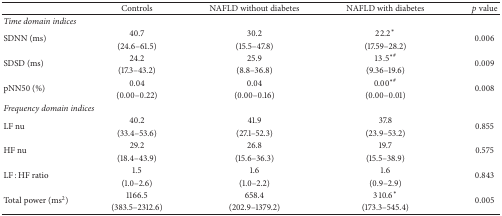
|  | Controls | NAFLD without diabetes | NAFLD with diabetes | p value |
 | --- | --- | --- | --- | --- |
 | <COLSPAN=5> Time domain indices |
 | <ROWSPAN=2> SDNN (ms) | 40.7 | 30.2 | 22.2∗ | <ROWSPAN=2> 0.006 |
 | (24.6–61.5) | (15.5–47.8) | (17.59–28.2) |
 | <ROWSPAN=2> SDSD (ms) | 24.2 | 25.9 | 13.5∗# | <ROWSPAN=2> 0.009 |
 | (17.3–43.2) | (8.8–36.8) | (9.36–19.6) |
 | <ROWSPAN=2> pNN50 (%) | 0.04 | 0.04 | 0.00∗# | <ROWSPAN=2> 0.008 |
 | (0.00–0.22) | (0.00–0.16) | (0.00–0.01) |
 | <COLSPAN=5> Frequency domain indices |
 | <ROWSPAN=2> LF nu | 40.2 | 41.9 | 37.8 | <ROWSPAN=2> 0.855 |
 | (33.4–53.6) | (27.1–52.3) | (23.9–53.2) |
 | <ROWSPAN=2> HF nu | 29.2 | 26.8 | 19.7 | <ROWSPAN=2> 0.575 |
 | (18.4–43.9) | (15.6–36.3) | (15.5–38.9) |
 | <ROWSPAN=2> LF : HF ratio | 1.5 | 1.6 | 1.6 | <ROWSPAN=2> 0.843 |
 | (1.0–2.6) | (1.0–2.2) | (0.9–2.9) |
 | <ROWSPAN=2> Total power (ms2) | 1166.5 | 658.4 | 310.6∗ | <ROWSPAN=2> 0.005 |
 | (383.5–2312.6) | (202.9–1379.2) | (173.3–545.4) |